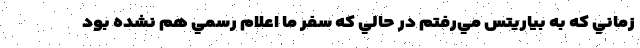
زماني كه به بياريتس مي‌رفتم در حالي كه سفر ما اعلام رسمي هم نشده بود